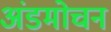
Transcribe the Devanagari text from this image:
अंडमोचन